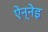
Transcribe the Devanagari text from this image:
ऐन्नेइ